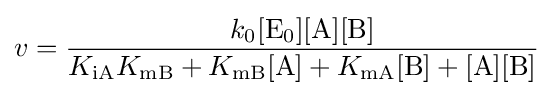
v={\frac {k_{0}[\mathrm {E_{0}} ][\mathrm {A} ][\mathrm {B} ]}{K_{\mathrm {iA} }K_{\mathrm {mB} }+K_{\mathrm {mB} }[\mathrm {A} ]+K_{\mathrm {mA} }[\mathrm {B} ]+[\mathrm {A} ][\mathrm {B} ]}}